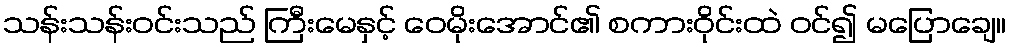
သန်းသန်းဝင်းသည် ကြီးမေနှင့် ဝေမိုးအောင်၏ စကားဝိုင်းထဲ ဝင်၍ မပြောချေ။